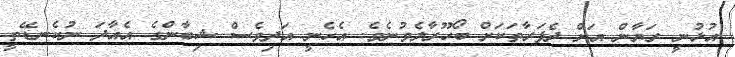
އުޅުނީ ރަޔާން އަށް ދެފަރާތަކަށް ބޯހޫރާލެވުނެވެ. އެހެނީ އަދިވެސް ޝިބާންގެ އެއާދަ ނުކެނޑޭތީ